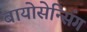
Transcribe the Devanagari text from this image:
बायोसेन्सिंग